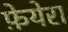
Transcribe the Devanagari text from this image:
फ़ेयेरा